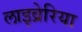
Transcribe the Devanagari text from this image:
लाइव्रेरिया